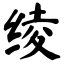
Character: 绫